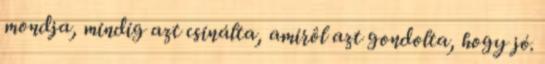
mondja, mindig azt csinálta, amirôl azt gondolta, hogy jó.